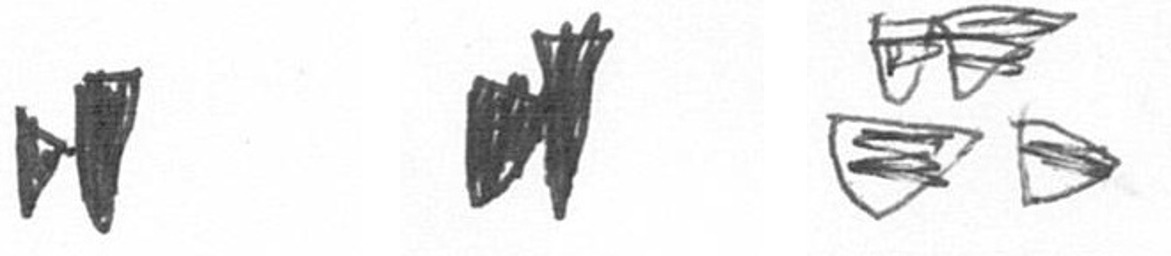
M M B